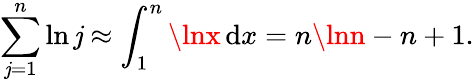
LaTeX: \sum_{\mathit{j}=1}^{n}\ln\mathit{j}\approx\int_{1}^{n}\lnx\, \mathrm{{{d}}}x=n\lnn-n+1.